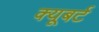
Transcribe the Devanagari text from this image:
क्यूबर्ट